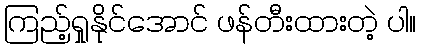
ကြည့်ရှုနိုင်အောင် ဖန်တီးထားတဲ့ ပါ။